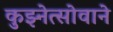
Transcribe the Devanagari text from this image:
कुझ्नेत्सोवाने